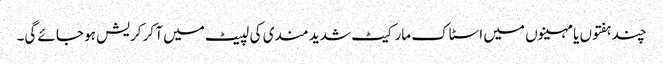
چند ہفتوں یا مہینوں میں اسٹاک مارکیٹ شدید مندی کی لپیٹ میں آ کر کریش ہو جائے گی۔